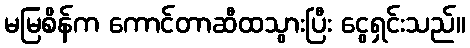
မမြစိန်က ကောင်တာဆီထသွားပြီး ငွေရှင်းသည်။